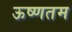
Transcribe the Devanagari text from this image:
ऊष्णतम